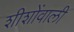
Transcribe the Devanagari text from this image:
शीशोंवाली